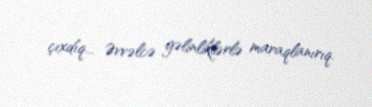
çıxdıq... Əvvəlcə gəlinliklərlə maraqlanırıq.